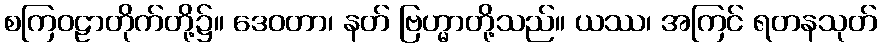
စကြဝဠာတိုက်တို့၌။ ဒေဝတာ၊ နတ် ဗြဟ္မာတို့သည်။ ယဿ၊ အကြင် ရတနသုတ်